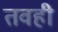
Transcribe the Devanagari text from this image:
तवही